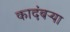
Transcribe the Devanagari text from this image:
कादंबऱ्‍या